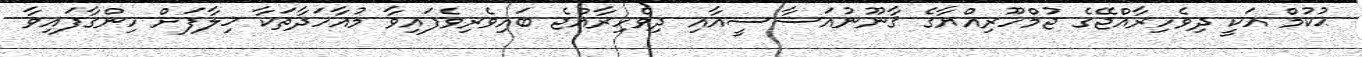
ޙުކުމް އަކީ ދިވެހިރާއްޖޭގެ ޖުމްހޫރިއްޔާގެ ޤާނޫނުއަސާސީއާއި ދިވެހިރާއްޖެ ބައިވެރިވެފައިވާ މުއާހަދާތަކާ ޚިލާފަށް ހިންގާފައިވާ